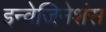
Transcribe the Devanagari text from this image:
इन्वेजिनेशंस